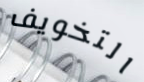
التخويف